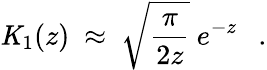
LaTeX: {\mathit{K}}_{1}(z)~\approx~\sqrt{\frac{\pi}{2z}}~e^{-z}~~~.